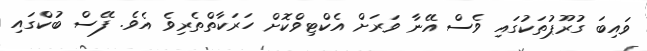
ވައިބަ ގުރޫޕުތަކުގައި ވެސް އޭނާ ވަރަށް އެކްޓިވްކޮށް ހަރަކާތްތެރިވެ އެވެ. ފޭސް ބުކްގައި